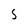
Character: 5